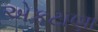
એકટાણા